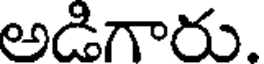
అడిగారు.